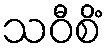
သဝီစိံ